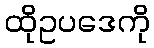
ထိုဥပဒေကို